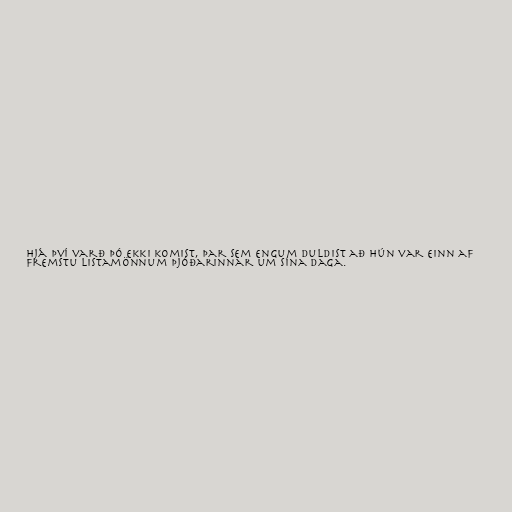
Hjá því varð þó ekki komist, þar sem engum duldist að hún var einn af
fremstu listamönnum þjóðarinnar um sína daga.